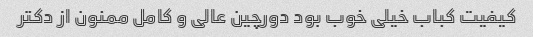
کیفیت کباب خیلی خوب بود دورچین عالی و کامل ممنون از دکتر